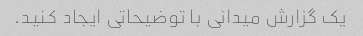
یک گزارش میدانی با توضیحاتی ایجاد کنید.